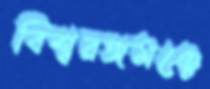
বিশ্বরঙ্গমঞ্চে